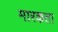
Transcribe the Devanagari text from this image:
मारकता